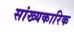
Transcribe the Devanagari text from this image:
सांख्यकारिक